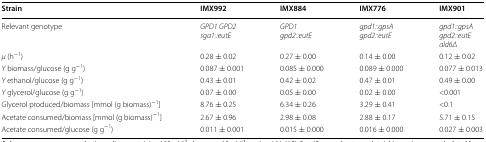
| Strain | IMX992 | IMX884 | IMX776 | IMX901 |
 | --- | --- | --- | --- | --- |
 | Relevant genotype | GPD1 GPD2sga1::eutE | GPD1gpd2::eutE | gpd1::gpsAgpd2::eutE | gpd1::gpsAgpd2::eutEald6Δ |
 | μ (h−1) | 0.28 ± 0.02 | 0.27 ± 0.00 | 0.14 ± 0.00 | 0.12 ± 0.02 |
 | Y biomass/glucose (g g−1) | 0.087 ± 0.001 | 0.085 ± 0.000 | 0.089 ± 0.000 | 0.077 ± 0.013 |
 | Y ethanol/glucose (g g−1) | 0.43 ± 0.01 | 0.42 ± 0.02 | 0.47 ± 0.01 | 0.49 ± 0.00 |
 | Y glycerol/glucose (g g−1) | 0.07 ± 0.00 | 0.05 ± 0.00 | 0.02 ± 0.00 | <0.001 |
 | Glycerol produced/biomass [mmol (g biomass)−1] | 8.76 ± 0.25 | 6.34 ± 0.26 | 3.29 ± 0.41 | <0.1 |
 | Acetate consumed/biomass [mmol (g biomass)−1] | 2.67 ± 0.96 | 2.98 ± 0.08 | 2.88 ± 0.17 | 5.71 ± 0.15 |
 | Acetate consumed/glucose (g g−1) | 0.011 ± 0.001 | 0.015 ± 0.000 | 0.016 ± 0.000 | 0.027 ± 0.003 |